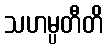
သဟမ္ပတီတိ